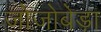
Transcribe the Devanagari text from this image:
जोजोबेड़ा